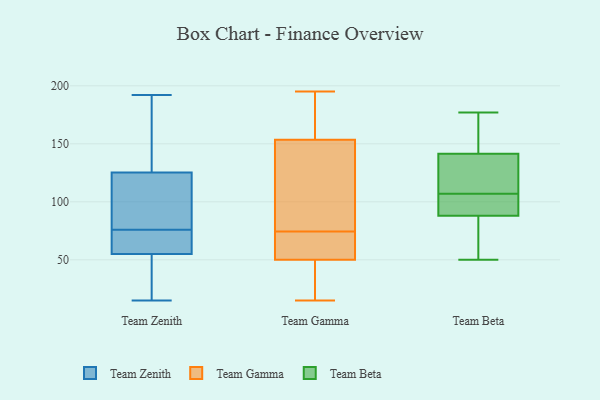
{"axis": {"x": "Production Output", "y": "Value"}, "legend": ["Team Beta", "Team Gamma", "Team Zenith"], "data": [{"x": "", "y": 128, "type": "Team Zenith"}, {"x": "", "y": 71, "type": "Team Zenith"}, {"x": "", "y": 34, "type": "Team Zenith"}, {"x": "", "y": 88, "type": "Team Zenith"}, {"x": "", "y": 22, "type": "Team Zenith"}, {"x": "", "y": 26, "type": "Team Zenith"}, {"x": "", "y": 54, "type": "Team Zenith"}, {"x": "", "y": 59, "type": "Team Zenith"}, {"x": "", "y": 117, "type": "Team Zenith"}, {"x": "", "y": 163, "type": "Team Zenith"}, {"x": "", "y": 95, "type": "Team Zenith"}, {"x": "", "y": 192, "type": "Team Zenith"}, {"x": "", "y": 15, "type": "Team Zenith"}, {"x": "", "y": 58, "type": "Team Zenith"}, {"x": "", "y": 71, "type": "Team Zenith"}, {"x": "", "y": 76, "type": "Team Zenith"}, {"x": "", "y": 173, "type": "Team Zenith"}, {"x": "", "y": 92, "type": "Team Zenith"}, {"x": "", "y": 169, "type": "Team Zenith"}, {"x": "", "y": 195, "type": "Team Gamma"}, {"x": "", "y": 57, "type": "Team Gamma"}, {"x": "", "y": 19, "type": "Team Gamma"}, {"x": "", "y": 119, "type": "Team Gamma"}, {"x": "", "y": 131, "type": "Team Gamma"}, {"x": "", "y": 176, "type": "Team Gamma"}, {"x": "", "y": 15, "type": "Team Gamma"}, {"x": "", "y": 50, "type": "Team Gamma"}, {"x": "", "y": 50, "type": "Team Gamma"}, {"x": "", "y": 178, "type": "Team Gamma"}, {"x": "", "y": 80, "type": "Team Gamma"}, {"x": "", "y": 69, "type": "Team Gamma"}, {"x": "", "y": 161, "type": "Team Beta"}, {"x": "", "y": 91, "type": "Team Beta"}, {"x": "", "y": 107, "type": "Team Beta"}, {"x": "", "y": 110, "type": "Team Beta"}, {"x": "", "y": 50, "type": "Team Beta"}, {"x": "", "y": 87, "type": "Team Beta"}, {"x": "", "y": 177, "type": "Team Beta"}, {"x": "", "y": 79, "type": "Team Beta"}, {"x": "", "y": 146, "type": "Team Beta"}, {"x": "", "y": 94, "type": "Team Beta"}, {"x": "", "y": 128, "type": "Team Beta"}]}